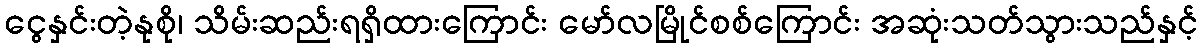
ငွေနှင်းတဲ့နုစို၊ သိမ်းဆည်းရရှိထားကြောင်း မော်လမြိုင်စစ်ကြောင်း အဆုံးသတ်သွားသည်နှင့်